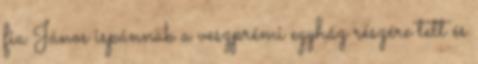
fia János ispánnak a veszprémi egyház részére tett és